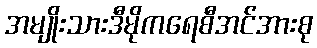
အမျိုးသားဒီမိုကရေစီအင်အားစု